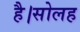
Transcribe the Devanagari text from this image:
है।सोलह